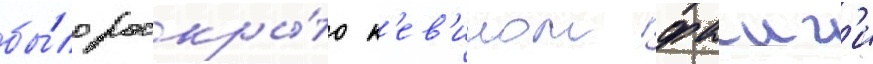
бы́ло раскры́то к'ев'ином фаиг'и